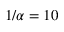
1 / \alpha = 1 0